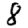
Digit: 8